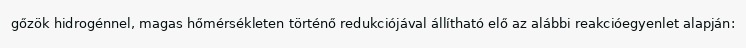
gőzök hidrogénnel, magas hőmérsékleten történő redukciójával állítható elő az alábbi reakcióegyenlet alapján: